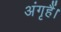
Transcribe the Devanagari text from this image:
अंगृहैं।